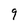
Character: 9